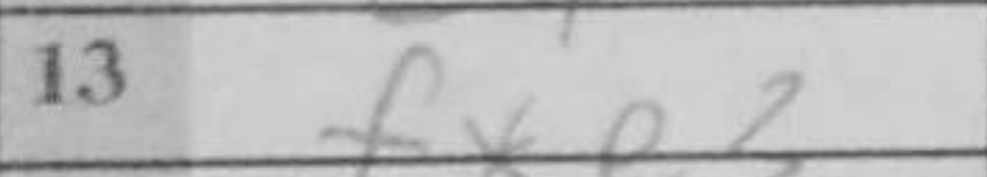
Transcription: fxe3